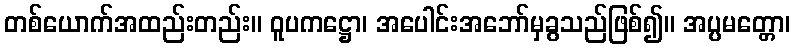
တစ်ယောက်အထည်းတည်း။ ဝူပကဋ္ဌော၊ အပေါင်းအဘော်မှခွသည်ဖြစ်၍။ အပ္ပမတ္တော၊